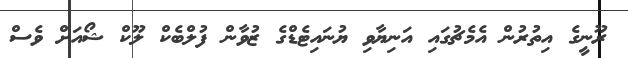
ރޫނީގެ އިތުރުން އެމެޗުގައި އަނިޔާވި ޔުނައިޓެޑްގެ ޒުވާން ފުލްބެކް ލޫކް ޝޯއަށް ވެސް